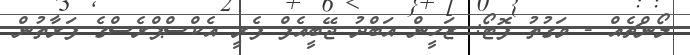
ލޯންޗެއް - ވަގުތު ފޮޓޯ: ޒަހީން އަބްދު ޖޭބީއެފް ފެރީ އެކްސްޕްރެސްގެ ފަރާތުން